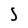
Character: S